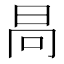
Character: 𣅻